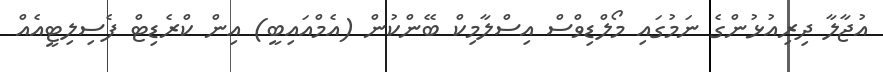
އުޖާލާ ދިރިއުޅުންގެ ނަމުގައި މޯލްޑިވްސް އިސްލާމިކް ބޭންކުން (އެމްއައިބީ) އިން ކްރެޑިޓް ފެސިލިޓީއެއް